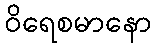
ဝိရေစမာနော